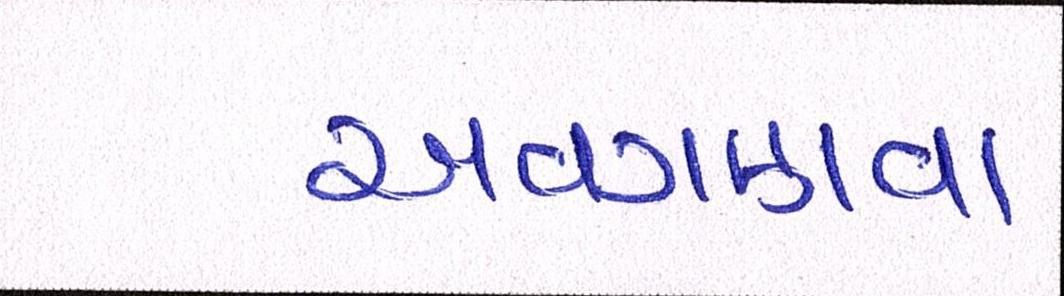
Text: અવગણવા